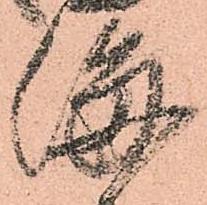
海